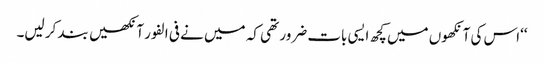
‘‘اس کی آنکھوں میں کچھ ایسی بات ضرور تھی کہ میں نے فی الفور آنکھیں بند کر لیں۔